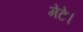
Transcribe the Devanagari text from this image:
मेटे।